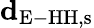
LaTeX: {\mathbf d}_{\mathrm{E-HH,s}}